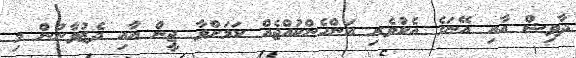
ދާވިޝް އާއި އޭނަގެ އެކުވެރި އަންހެންކުއްޖެއް ކަމަށްވާ ޖީން އާއި ދެޒުވާނުން މި